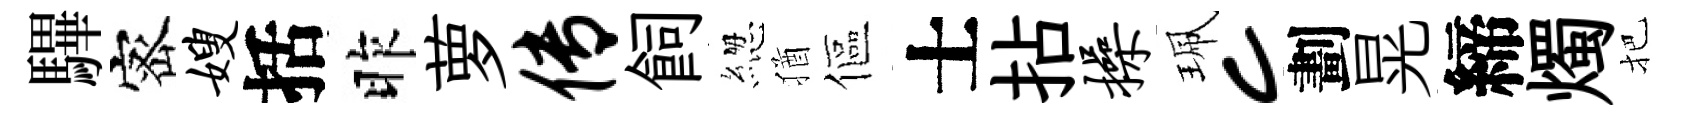
驆宻嫂括昨萝传飼緫猶傴士拈操珮c劃晃締燭把